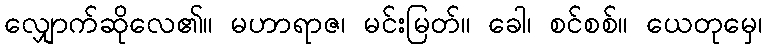
လျှောက်ဆိုလေ၏။ မဟာရာဇ၊ မင်းမြတ်။ ခေါ၊ စင်စစ်။ ယေတုမှေ၊